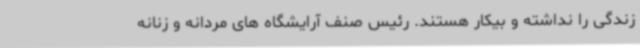
زندگی را نداشته و بیکار هستند. رئیس صنف آرایشگاه های مردانه و زنانه